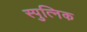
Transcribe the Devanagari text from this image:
स्पुत्निक